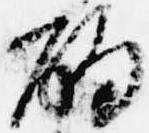
酌